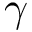
\gamma